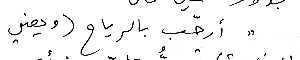
"أرحّب بالرياح (ويعني